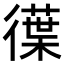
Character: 𭜆